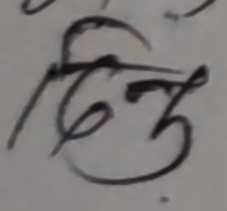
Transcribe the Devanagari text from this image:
द्व